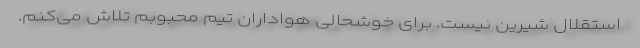
استقلال شیرین نیست. برای خوشحالی هواداران تیم محبوبم تلاش می‌کنم.